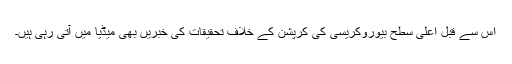
اس سے قبل اعلیٰ سطح بیوروکریسی کی کرپشن کے خلاف تحقیقات کی خبریں بھی میڈیا میں آتی رہی ہیں۔